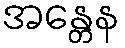
အန္တေန